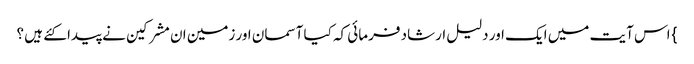
} اس آیت میں ایک اور دلیل ارشاد فرمائی کہ کیا آسمان اور زمین ان مشرکین نے پیدا کئے ہیں ؟